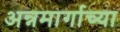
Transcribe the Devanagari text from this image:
अन्नमार्गाच्या